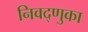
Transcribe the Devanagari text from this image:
निवद्णुका